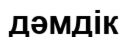
дәмдік